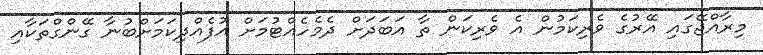
މިރާއްޖޭގައި އޭރުގެ ވެރިކަމުން އެ ވެރިކަން ތާ އަބަދަށް ދެމެހެއްޓުމަށް އުފެއްދިކަމަށްބުނާ ގޭންގްތަކާއި